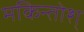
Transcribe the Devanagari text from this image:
मकिन्तोश्